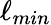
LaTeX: \ell_{min}